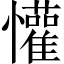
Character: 懽